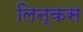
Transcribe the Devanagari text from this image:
लिन्कस